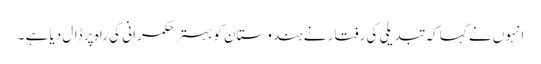
انہوں نے کہا کہ تبدیلی کی رفتار نے ہندوستان کو بہتر حکمرانی کی راہ پر ڈال دیا ہے ۔